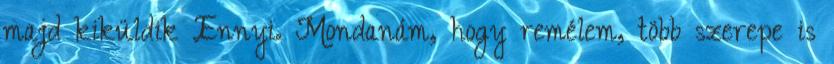
majd kiküldik Ennyi. Mondanám, hogy remélem, több szerepe is